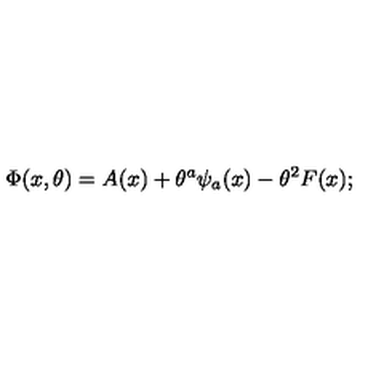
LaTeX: \Phi ( x , \theta ) = A ( x ) + \theta ^ { a } \psi _ { a } ( x ) - \theta ^ { 2 } F ( x ) ;